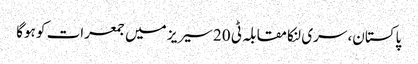
پاکستان، سری لنکا مقابلہ ٹی 20 سیریز میں جمعرات کو ہوگا